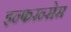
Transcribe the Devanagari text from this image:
इन्फरन्सेस